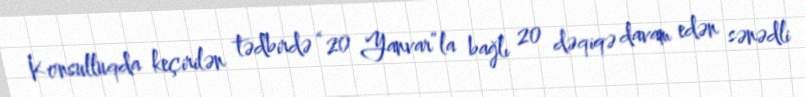
Konsulluqda keçirilən tədbirdə “20 Yanvar”la bağlı 20 dəqiqə davam edən sənədli